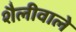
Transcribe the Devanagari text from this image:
शैलीवाले